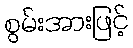
စွမ်းအားဖြင့်